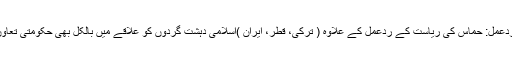
مشرق وسطی ردعمل: حماس کی ریاست کے ردعمل کے علاوہ ( ترکی، قطر، ایران )اسلامی دہشت گردوں کو علاقے میں بالکل بھی حکومتی تعاون نہیں مل سکا۔